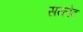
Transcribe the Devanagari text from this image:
सय्लेद